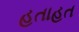
હતાહત